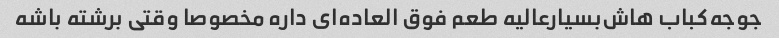
جوجه‌کباب هاش‌بسیار‌عالیه طعم فوق العاده‌ای داره مخصوصا وقتی برشته باشه